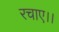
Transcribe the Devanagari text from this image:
रचाए।।